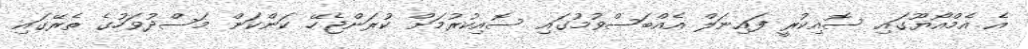
އެ އެމްއޯޔޫގައި ސޮއިކުރީ ފައިނަލް އެއްބަސްވުމުގައި ސޮއިކުރުމަށް ކުރަންޖެހޭ ކަންކަން މަސްދުވަހުގެ ތެރޭގައި